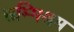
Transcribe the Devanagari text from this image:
सम्मिश्रम